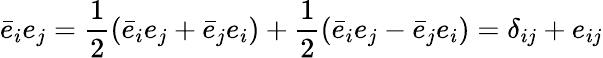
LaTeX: \bar{e}_{i}e_{j}=\frac{1}{2}(\bar{e}_{i}e_{j}+\bar{e}_{j}e_{i})+\frac{1}{2}(\bar{e}_{i}e_{j}-\bar{e}_{j}e_{i})=\delta_{ij}+e_{ij}